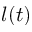
l ( t )